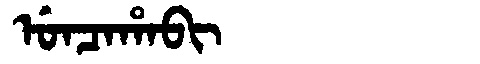
Manchu: ᡠᠨᠴᠠᡥᠠᠪᡳ
Romanization: UNCAHABI